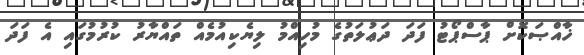
ޚާއްޞަކޮށް ޕާސްޕޯޓު ފަދަ ދަޢުލަތުގެ މުހިއްމު ލިޔެކިއުމެއް ތައްޔާރު ކުރުމުގައި އެ ފަދަ